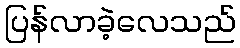
ပြန်လာခဲ့လေသည်